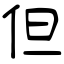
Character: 但